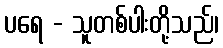
ပရေ - သူတစ်ပါးတို့သည်၊